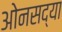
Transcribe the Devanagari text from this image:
ओनसद्या